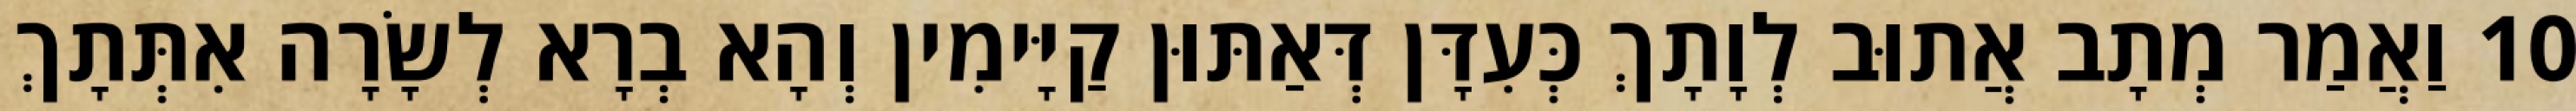
10 וַאֲמַר מְתָב אֲתוּב לְוָתָךְ כְּעִדָּן דְּאַתּוּן קַיָּימִין וְהָא בְרָא לְשָׂרָה אִתְּתָךְ